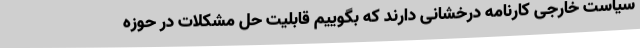
سیاست خارجی کارنامه درخشانی دارند که بگوییم قابلیت حل مشکلات در حوزه